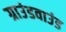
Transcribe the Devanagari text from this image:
ग्राउंडवाउंड